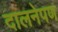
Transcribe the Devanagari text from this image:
दालनेपण